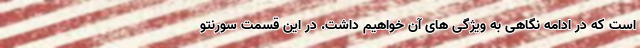
است که در ادامه نگاهی به ویژگی های آن خواهیم داشت. در این قسمت سورنتو